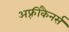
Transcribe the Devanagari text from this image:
अफ़्रीकैनर्स